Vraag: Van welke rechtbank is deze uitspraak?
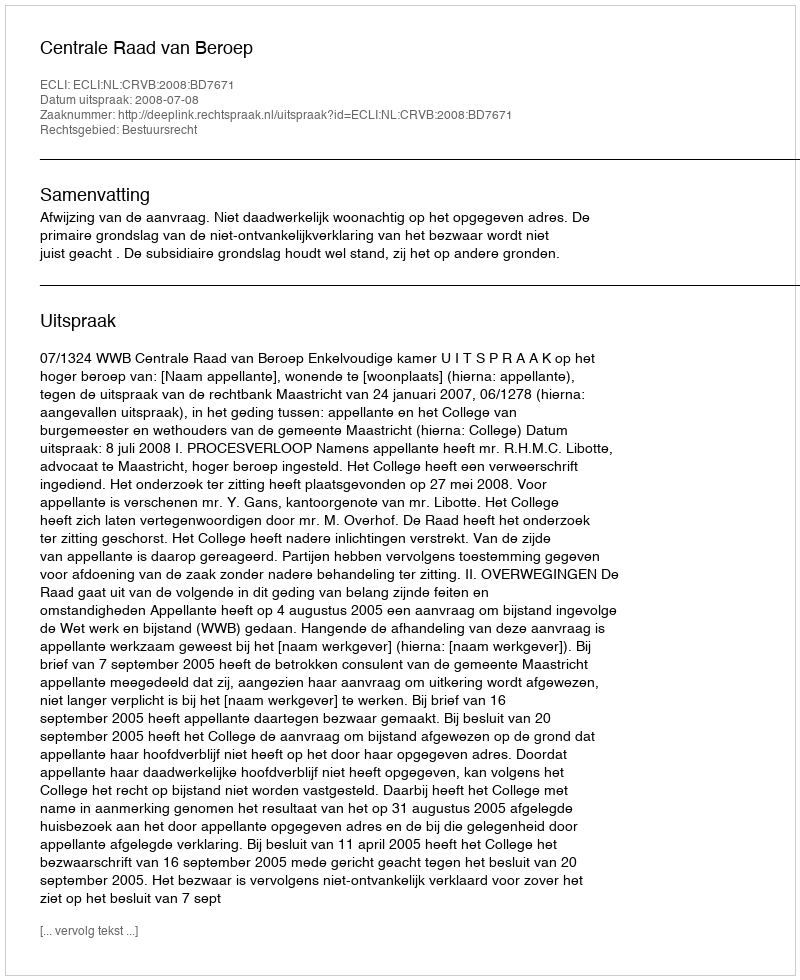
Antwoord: Centrale Raad van Beroep